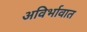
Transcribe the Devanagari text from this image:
अविर्भावात